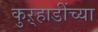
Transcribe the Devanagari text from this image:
कुऱ्हाडींच्या